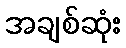
အချစ်ဆုံး